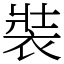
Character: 裝